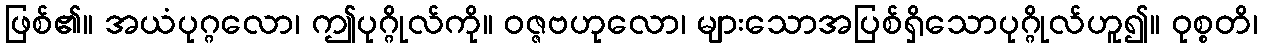
ဖြစ်၏။ အယံပုဂ္ဂလော၊ ဤပုဂ္ဂိုလ်ကို။ ဝဇ္ဇဗဟုလော၊ များသောအပြစ်ရှိသောပုဂ္ဂိုလ်ဟူ၍။ ဝုစ္စတိ၊